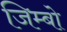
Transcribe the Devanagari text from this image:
जिम्बो